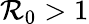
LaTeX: \mathcal{R}_{0}>1